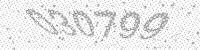
Solution: 030799